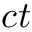
c t